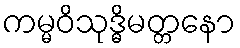
ကမ္မဝိသုဒ္ဓိမတ္တနော